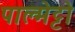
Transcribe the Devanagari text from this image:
पाल्मेट्टो